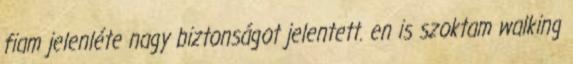
fiam jelenléte nagy biztonságot jelentett. en is szoktam walking